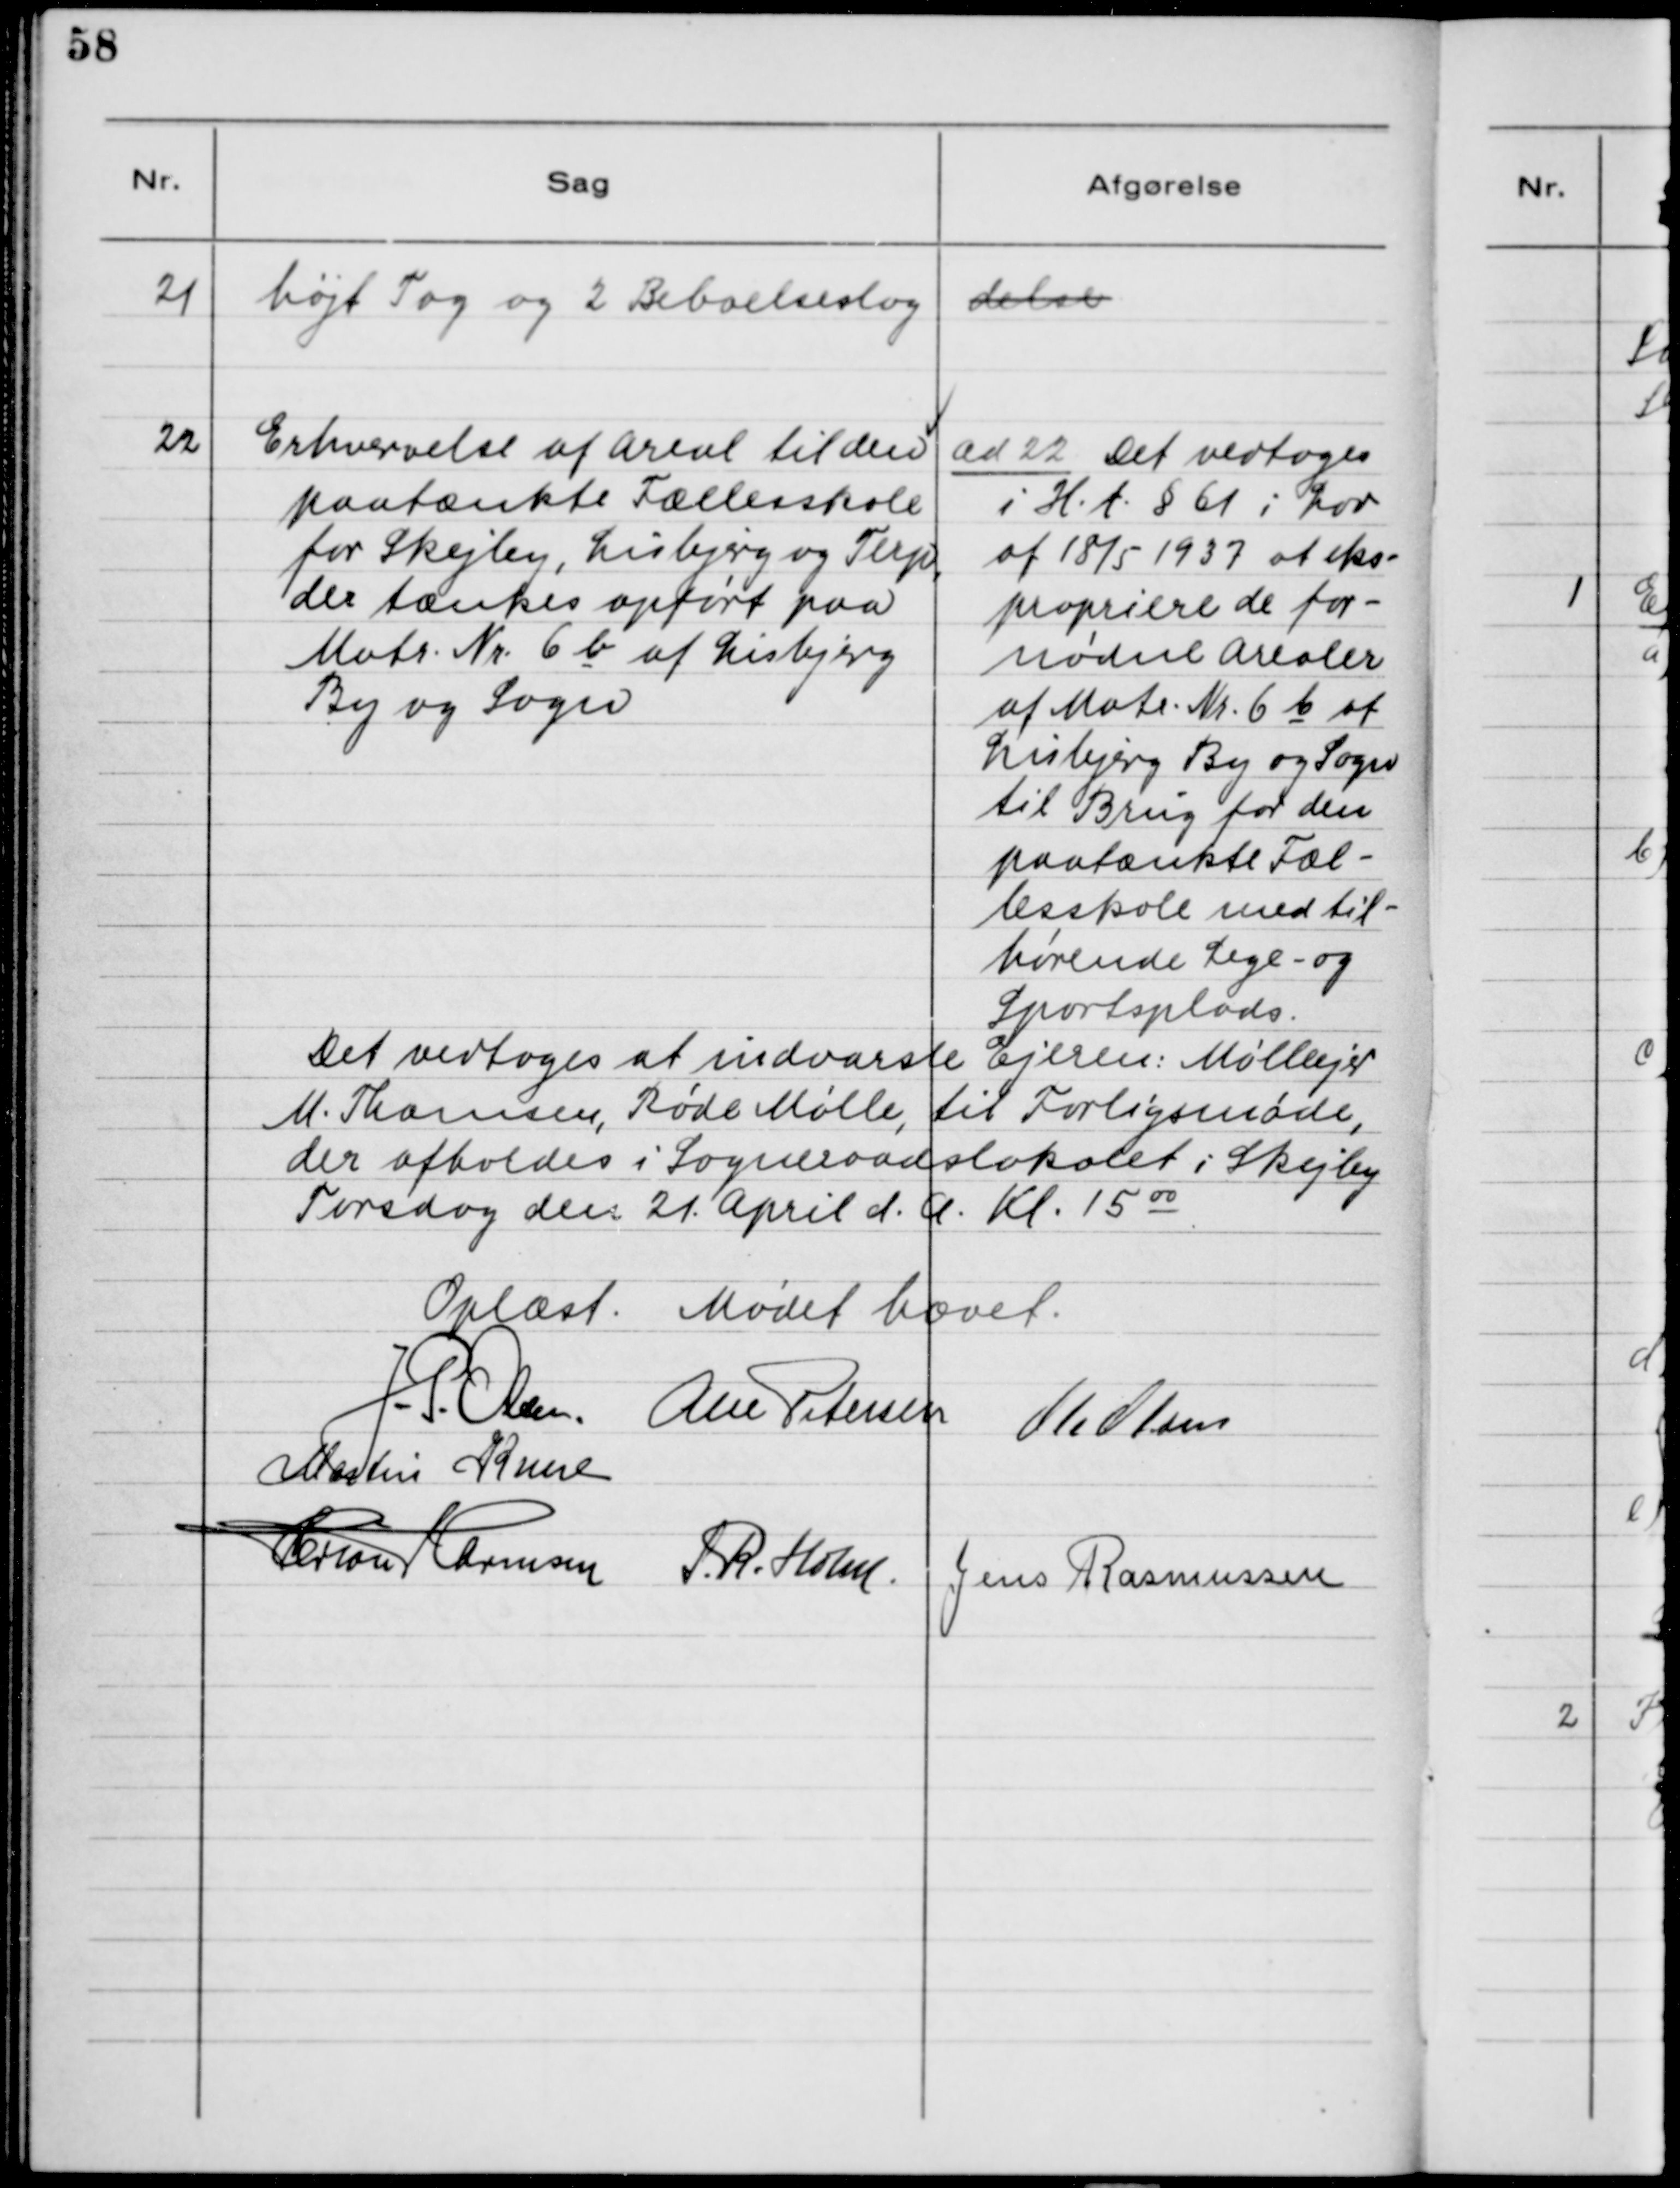
Transskription:
21. højt Tag og 2. Beboelseslag

delse.

22. Erhvervelse af Areal til den
paatænkte Fællesskole
for Skejby, Lisbjerg og Terp,
der tænkes opført paa
Matr. Nr. 6b af Lisbjerg
By og Sogn.

ad 22. Det vedtoges
i H. t. § 61 i Lov
af 18/5 1937 at eks-
propriere de for-
nødne Arealer
af Matr. Nr. 6b af
Lisbjerg By og Sogn
til Brug for den
paatænkte Fæl-
lesskole med til-
hørende Lege- og
Sportsplads.
Det vedtoges af indvarsle Ejeren: Møllejer
M. Thomsen, Røde Mølle, til Forligsmøde,
der afholdes i Sogneraadslokalet i Skejby
Torsdag den 21. April d.A. Kl. 15 oo.

Oplæst. Mødet hævet.